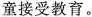
童接受教育。